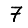
Digit: 7